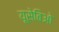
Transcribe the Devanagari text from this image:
यूसेबिओ